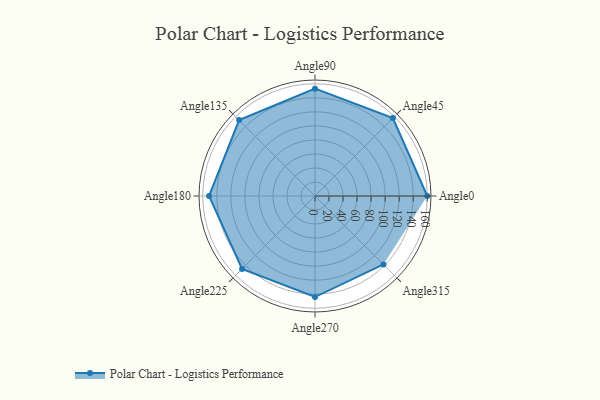
{"axis": {"x": "Angle", "y": "Radius"}, "legend": [""], "data": [{"x": "Angle0", "y": 160.0, "type": ""}, {"x": "Angle45", "y": 157.0, "type": ""}, {"x": "Angle90", "y": 153.0, "type": ""}, {"x": "Angle135", "y": 153.0, "type": ""}, {"x": "Angle180", "y": 151.0, "type": ""}, {"x": "Angle225", "y": 147.0, "type": ""}, {"x": "Angle270", "y": 144.0, "type": ""}, {"x": "Angle315", "y": 138.0, "type": ""}]}